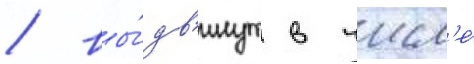
/ вы́дв'инут в числ'е́